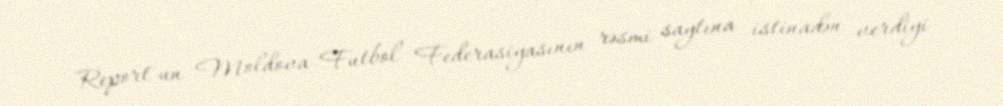
Report"un Moldova Futbol Federasiyasının rəsmi saytına istinadən verdiyi